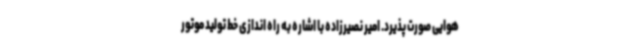
هوایی صورت پذیرد. امیر نصیرزاده با اشاره به راه اندازی خط تولید موتور